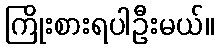
ကြိုးစားရပါဦးမယ်။